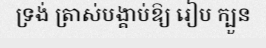
ទ្រង់ ត្រាស់បង្គាប់ឱ្យ រៀប ក្បួន